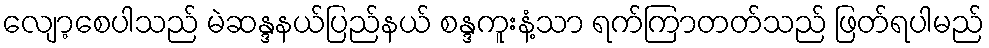
လျော့စေပါသည် မဲဆန္ဒနယ်ပြည်နယ် စန္ဒကူးနံ့သာ ရက်ကြာတတ်သည် ဖြတ်ရပါမည်